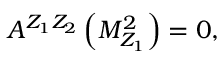
A ^ { Z _ { 1 } Z _ { 2 } } \left( M _ { Z _ { 1 } } ^ { 2 } \right) = 0 ,